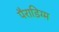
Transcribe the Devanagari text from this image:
पैराडिग्म